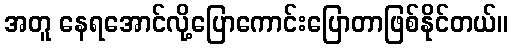
အတူ နေရအောင်လို့ပြောကောင်းပြောတာဖြစ်နိုင်တယ်။